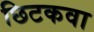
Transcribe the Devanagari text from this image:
छिटकवा